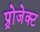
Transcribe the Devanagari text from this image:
प्र्रोजेक्ट